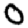
Digit: 0